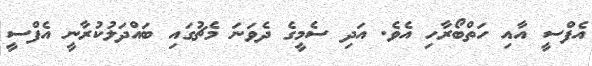
އެފްސީ އާއި ހަތްބޯރާހި އެވެ. އަދި ސެމީގެ ދެވަނަ މެޗުގައި ބައްދަލުކުރާނީ އެފްސީ